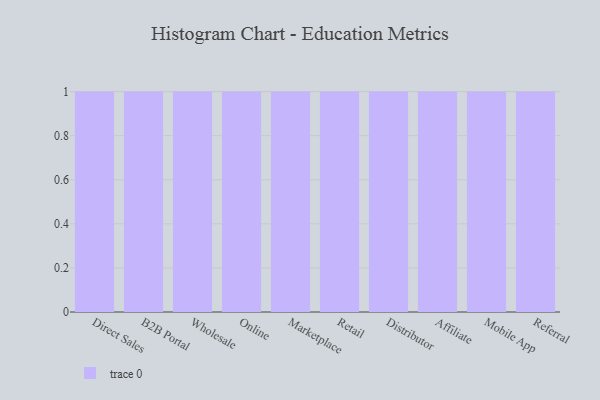
{"axis": {"x": "Channel", "y": "Net Income (USD K)"}, "legend": [""], "data": [{"x": "Direct Sales", "y": 94, "type": ""}, {"x": "B2B Portal", "y": 74, "type": ""}, {"x": "Wholesale", "y": 39, "type": ""}, {"x": "Online", "y": 68, "type": ""}, {"x": "Marketplace", "y": 95, "type": ""}, {"x": "Retail", "y": 60, "type": ""}, {"x": "Distributor", "y": 69, "type": ""}, {"x": "Affiliate", "y": 39, "type": ""}, {"x": "Mobile App", "y": 5, "type": ""}, {"x": "Referral", "y": 99, "type": ""}]}